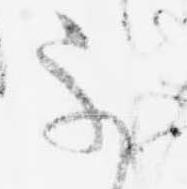
不